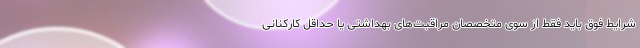
شرایط فوق باید فقط از سوی متخصصان مراقبت‌های بهداشتی یا حداقل کارکنانی